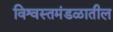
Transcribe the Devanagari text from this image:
विश्वस्तमंडळातील